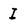
Character: I